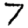
Digit: 7